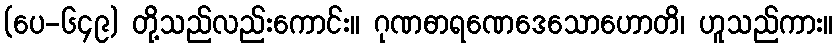
(ပေ-၆၄၉) တို့သည်လည်းကောင်း။ ဂုဏဓာရဏေဒေသောဟောတိ၊ ဟူသည်ကား။